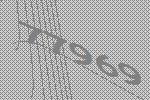
77969